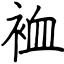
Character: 裇